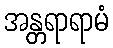
အန္တရာရာမံ